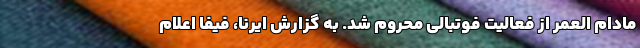
مادام العمر از فعالیت فوتبالی محروم شد. به گزارش ایرنا، فیفا اعلام